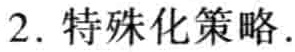
2. 特殊化策略.